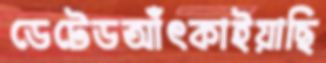
ডেটেডআঁৎকাইয়াছি